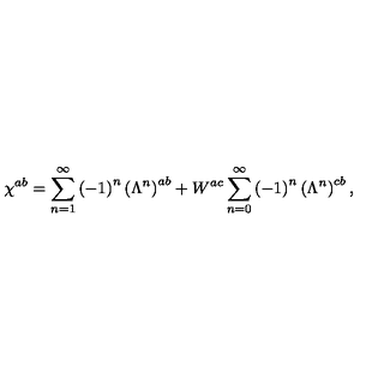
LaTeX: \chi ^ { a b } = \sum _ { n = 1 } ^ { \infty } \left( - 1 \right) ^ { n } \left( \Lambda ^ { n } \right) ^ { a b } + W ^ { a c } \sum _ { n = 0 } ^ { \infty } \left( - 1 \right) ^ { n } \left( \Lambda ^ { n } \right) ^ { c b } ,